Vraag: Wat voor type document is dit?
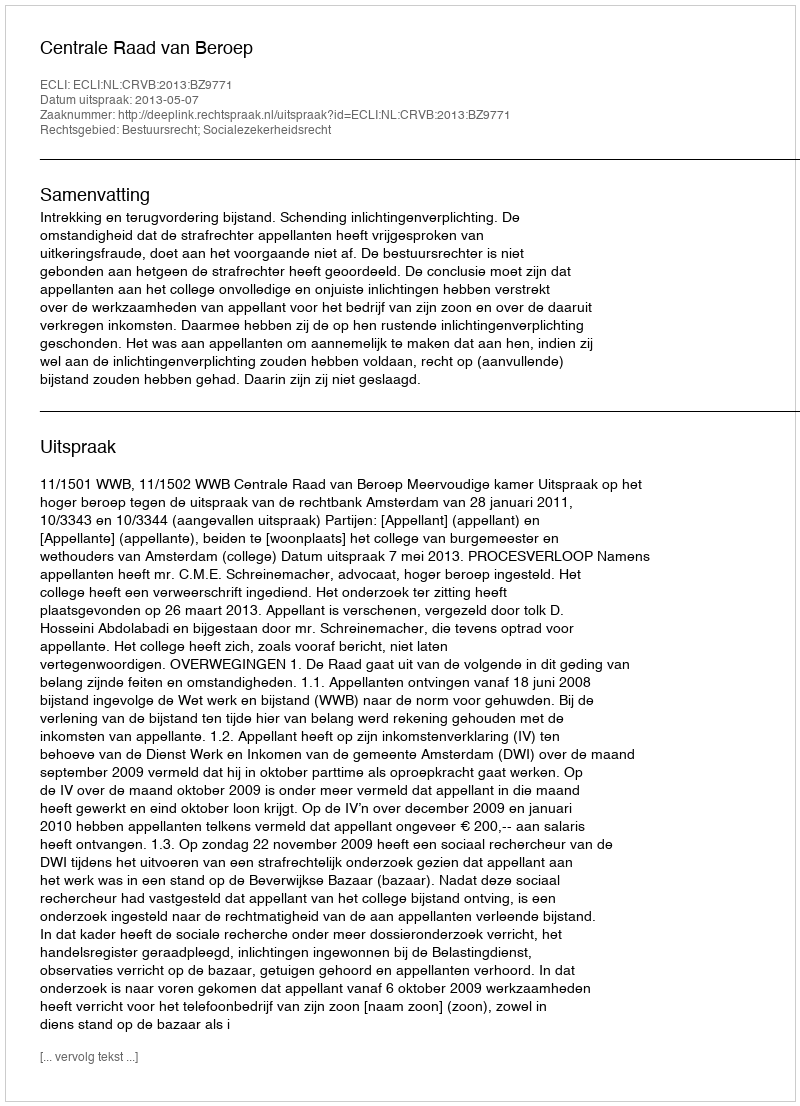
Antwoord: Uitspraak